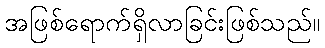
အဖြစ်ရောက်ရှိလာခြင်းဖြစ်သည်။